Vital statistics of India. Vol. IV, Annual returns from 1871 to 1876. British Army of India, Native Army and jails of Bengal
Year: 1871
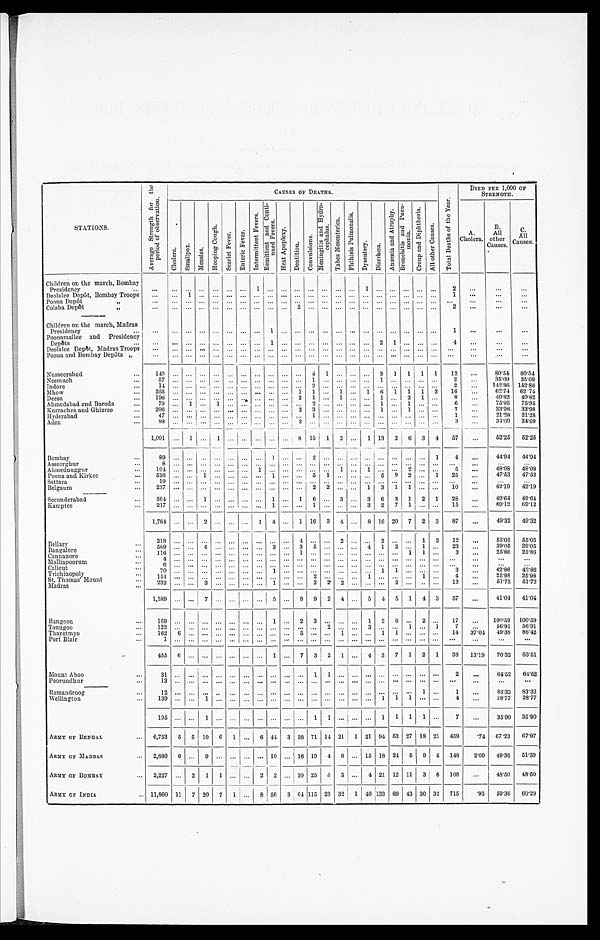
S T A T I O N S .
A v e r a g e S t r e n g t h f o r t h e p e r i o d o f o b s e r v a t i o n .
CAUSES Of DEATHS.
T o t a l D e a t h s o f t h e Y e a r .
DIED PER 1,000 OF
STRENGTH.
C h o l e r a .
S m a l l p o x .
M e a s l e s .
H o o p i n g C o u g h .
S c a r l e t F e v e r . E n t e r i c F e v e r .
I n t e r m i t t e n t F e v e r s .
R e m i t t e n t a n d C o n t i - n u e d F e v e r s .
H e a t A p o p l e x y .
D e n t i t i o n .
C o n v u l s i o n s .
M e n i n g i t i s a n d H y d r o - c e p h a l u s .
T a b e s M e s e n t e r i c a .
P h t h i s i s P u l m o n a l i s .
D y s e n t e r y .
D i a r r h œ a .
A n æ a e = m i a a n d A t r o p h y .
B r o n c h i t i s a n d P n e u - m o n i a .
C r o u p a n d D i p h t h e r i a .
A l l o t h e r C a u s e s .
A.
Cholera.
B.
All
other
Causes.
C.
All
Causes.
Children on the march, Bombay
Presidency . . .
. . .
. . .
. . .
. . .
. . .
. . .
. . . 1
. . .
. . .
. . . . . .
. . .
. . .
. . .
1
. . .
. . . . . .
. . . . . .
2
. . .
. . .
. . .
Deolalee Depôt, Bombay Troops
. . .
. . . 1
. . .
. . . . . .
. . . . . .
. . . . . .
. . .
. . . . . .
. . . . . .
. . .
. . .
. . . . . .
. . . . . .
1
. . .
. . .
. . .
Poona Depôt "
. . .
. . .
. . .
. . .
. . . . . .
. . . . . .
. . . . . .
. . .
. . .
. . . . . .
. . .
. . .
. . .
. . .
. .
.
. .
. . . .
. . .
. . .
. . .
. . .
Colaba Depôt "
. . .
. . .
. . .
. . .
. . . . . .
. . . . . .
. . .
. . .
2
. . . . . . . . .
. . .
. . .
. . .
. . .
. . . . . . . . .
2
. . .
. . .
. . .
Children on the march, Madras
Presidency . . .
. . .
. . . . . .
. . .
. . . . . .
. . . . . . 1
. . .
. . . . . . . . . . . .
. . . . . .
. . .
. . . . . .
. . . . . .
1
. . .
. . .
. . .
Poonamallee and Presidency
Depôts
. . .
. . .
. . .
. . .
. . . . . .
. . .
. . . 1 . . .
. . . . . . . . . . . .
. . . . . . 2 1
. . .
. . . . . .
4
. . .
. . .
. . .
Deolalee Depôt, Madras Troops
. . .
. . .
. . .
. . .
. . . . . .
. . . . . .
. . . . . .
. . .
. . . . . .
. . .
. . .
. . .
. . .
. . .
. . .
. . . . . .
. . .
. . .
. . .
. . .
Poona and Bombay Depôts "
. . .
. . .
. . .
. . .
. . . . . .
. . . . . .
. . . . . .
. . .
. . . . . .
. . . . . .
. . .
. . . . . .
. . .
. . . . . .
. . .
. . .
. . .
. . .
Nusseerabad . . .
149
. . .
. . .
. . .
. . .
. . . . . . . . .
. . . . . .
. . . 4 1
. . .
. . .
. . . 3 1 1 1 1
12
. . .
80.54 80.54
Neemuch . . .
5 7 . . .
. . .
. . .
. . .
. . .
. . .
. . .
. . .
. . .
. . .
1
. . .
. . .
. . .
. . . 1
. . . . . .
. . .
. . .
2 . . .
35.09 35.09
Indore . . .
14
. . .
. . .
. . .
. . .
. . .
. . .
. . .
. . .
. . .
. . .
2
. . .
. . . . . .
. . .
. . .
. . .
. . .
. . .
. . .
2
. . .
142.86 142.86
Mhow . . .
255
. . .
. . .
. . .
. . .
. . .
. . .
. . .
. . . . . . 1 1
. . . 1
. . . 1 6 1 1 1 3
16
. . .
62.74 62.74
Deesa . . .
196
. . .
. . .
. . .
. . .
. . .
. . .
. . .
. . .
. . . 2 1
. . . 1
. . .
. . . 1
. . . 2 1
. . .
8
. . .
40.82
40.82
Ahmedabad and Baroda . . .
7 9 . . .
1
. . .
1
. . .
. . .
. . .
. . .
. . .
. . .
2
. . .
. . .
. . .
. . . 1
. . . 1
. . .
. . . 6
. . .
75.95
75.95
Kurrachee and Ghizree . . .
206
. . .
. . .
. . .
. . .
. . .
. . . . . .
. . . . . . 2 3
. . .
. . .
. . .
. . . 1
. . . 1
. . . . . .
7
. . .
33.98
33.98
Hyderabad . . .
47
. . .
. . .
. . . . . .
. . .
. . . . . .
. . .
. . .
. . .
1
. . .
. . .
. . .
. . . . . .
. . . . . .
. . .
. . . 1
. . .
21.28 21.28
Aden . . .
8 8
. . .
. . .
. . .
. . .
. . .
. . .
. . .
. . .
. . .
3
. . .
. . .
. . .
. . .
. . . . . .
. . . . . .
. . . . . .
3 . . .
34.09
34.09
1,091
. . .
1
. . .
1
. . .
. . . . . .
. . .
. . .
8 15 1 2
. . . 1 13 2 6 3 4
57
. . .
52.25 52.25
Bombay . . .
8 9 . . .
. . .
. . .
. . .
. . . . . .
. . .
1
. . . . . .
2
. . .
. . .
. . .
. . .
. . . . . .
. . .
. . . 1
4
. . .
44.94
44.94
Asseerghur . . .
8
. . .
. . . . . .
. . .
. . .
. . . . . . . . .
. . .
. . .
. . . . . .
. . .
. . .
. . .
. . . . . .
. . .
. . .
. . . . . .
. . .
. . .
. . .
Ahmednuggur . . .
1 0 4
. . .
. . .
. . .
. . .
. . .
. . . 1
. . .
. . . . . .
. . .
. . .
1
. . .
1
. . .
. . . 2
. . .
. . . 5
. . .
48.08
48.08
Poona and Kirkee . . .
5 2 6
. . .
. . .
1
. . .
. . .
. . . . . .
1
. . . . . .
5
1
. . .
. . .
. . .
5
9
2
. . .
1
2 5 . . .
47.53
47.53
Sattara . . .
19
. . .
. . .
. . .
. . .
. . .
. . . . . . . . .
. . .
. . .
. . .
. . .
. . .
. . . . . .
. . .
. . .
. . .
. . .
. . . . . .
. . .
. . .
. . .
Belgaum . . .
237
. . .
. . .
. . .
. . .
. . .
. . . . . .
. . .
. . . . . .
2
2
. . .
. . .
1
3
1
1
. . .
. . .
1 0
. . .
42.19 42.19
Secunderabad . . .
564
. . .
. . .
1
. . .
. . .
. . . . . . 1
. . . 1 6
. . . 3
. . . 3 6 3 1 2 1
28
. . .
49.64 49.64
Kamptee . . .
217
. . .
. . .
. . . . . .
. . .
. . .
. . .
1
. . . . . .
1
. . .
. . .
. . .
3
2
7
1
. . .
. . . 15
. . .
69.12
69.12
1,764
. . .
. . . 2
. . . . . .
. . . 1 4
. . . 1 16 3 4
. . . 8 16 20 7 2 3
87
. . .
49.32
49.32
Bellary . . .
218
. . .
. . . . . .
. . .
. . . . . . . . .
. . .
. . .
4
. . .
. . .
2 . . . . . .
2
. . .
. . .
1
3
1 2 . . .
55.05
55.05
589
. . .
. . . 4
. . . . . . . . . . . . 3
. . . 3 5
. . . . . . . . . 4 1 2
. . . 1
. . . 23
. . .
39.05 39.05
Bangalore . . .
1 1 6
. . . . . .
. . . . . .
. . . . . . . . .
. . .
. . .
1
. . .
. . . . . . . . . . . .
. . .
. . .
1
1
. . .
3 . . .
25.86 25.86
Cannanore . . .
4
. . . . . . . . .
. . .
. . . . . . . . .
. . .
. . .
. . .
. . .
. . . . . . . . . . . .
. . .
. . .
. . .
. . .
. . .
. . .
. . .
. . .
. . .
Malliapoorum . . .
6
. . . . . .
. . .
. . .
. . . . . . . . .
. . .
. . . . . .
. . .
. . . . . . . . . . . .
. . .
. . .
. . .
. . .
. . .
. . .
. . .
. . .
. . .
Calicut . . .
7 0
. . . . . .
. . .
. . .
. . . . . . . . .
1
. . .
. . .
. . . . . . . . . . . . . . .
1
1
. . .
. . .
. . .
3 . . .
42.86
42.86
Trichinopoly . . .
1 5 4
. . . . . .
. . .
. . .
. . . . . . . . .
. . .
. . .
. . .
2
. . . . . . . . . 1
. . .
. . .
. . .
1
. . .
4
. . .
25.98
25.98
St. Thomas' Mount . . .
2 3 2
. . . . . .
3
. . .
. . . . . . . . .
1
. . .
. . .
2 2 2 . . . . . .
. . .
2
. . .
. . .
. . .
1 2
. . .
51.72 51.72
Madras . . .
1,389
. . .
. . . 7
. . .
. . . . . . . . . 5
. . . 8 9 2 4 . . . 5 4 5 1 4 3
57
. . .
41.04
41.04
Rangoon . . .
169
. . .
. . .
. . .
. . .
. . . . . . . . . 1
. . . 2 3
. . .
. . . . . . 1 2 6
. . . 2
. . . 17
. . .
100.59 100.59
Toungoo . . .
123
. . .
. . . . . .
. . .
. . . . . . . . .
. . .
. . .
. . .
. . . 2
. . . . . . 3
. . .
. . . 1
. . . 1
7
. . .
56.91
56.91
Thayetmyo . . .
1 6 2
6
. . . . . .
. . .
. . . . . . . . .
. . .
. . .
5
. . .
. . . 1 . . . . . . 1 1
. . .
. . .
. . . 14
37.04 49.38
86.42
Port Blair . . .
1
. . .
. . . . . . . . .
. . . . . . . . .
. . .
. . .
. . .
. . .
. . . . . . . . . . . .
. . .
. . .
. . .
. . . . . .
. . .
. . .
. . .
. . .
455 6
. . . . . .
. . .
. . . . . . . . . 1
. . . 7 3 2 1 . . . 4 3 7 1 2 1
38
13.19
70.32
83.51
Mount Aboo . . .
31
. . .
. . . . . .
. . .
. . . . . . . . .
. . .
. . .
. . . 1 1
. . . . . . . . .
. . .
. . . . . .
. . . . . .
2
. . .
64.52 64.52
Poorundhur . . .
1 3
. . .
. . . . . .
. . .
. . . . . . . . .
. . .
. . .
. . .
. . .
. . . . . . . . . . . .
. . .
. . .
. . .
. . .
. . .
. . . . . .
. . .
. . .
Ramandroog . . .
12
. . .
. . . . . .
. . .
. . . . . . . . .
. . .
. . .
. . .
. . .
. . . . . . . . . . . .
. . .
. . . . . . 1
. . .
1
. . .
83.33
83.33
Wellington . . .
139
. . .
. . . 1
. . .
. . . . . . . . .
. . .
. . .
. . .
. . . . . . . . . . . . . . . 1 1 1
. . .
. . .
4 . . .
28.77
28.77
195
. . .
. . . 1
. . .
. . . . . . . . . . . .
. . .
. . . 1 1
. . . . . . . . . 1 1 1 1
. . .
7 . . .
35.90 35.90
ARMY OF BENGAL . . .
6,753 5 5 10 6 1
. . . 6 44 3 38 71 14 21 1 21 94 53 27 18 21 459
. 7 4 67.23
67.97
ARMY OF MADRAS . . .
2,880 6
. . . 9
. . .
. . .
. . . . . . 10
. . . 16 19 4 8 . . . 15 18 24 5 9 5 148
2.09 49.30
51.39
ARMY OF BOMBAY . . .
2,227
. . . 2 1 1
. . .
. . . 2
2
. . . 10 2
5 3 . . . 4 21 12 11
3
6 108
. . . 48.50 48.50
ARMY OF INDIA . . .
11,860 11 7 20 7 1
. . . 8 56 3 64 115 23 32
1
40 133 89 43 30 32 715
. 9 3 59.36
60.29